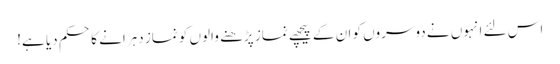
اس لئے انہوں نے دوسروں کو ان کے پیچھے نماز پڑھنے والوں کو نماز دہرانے کا حکم دیا ہے!